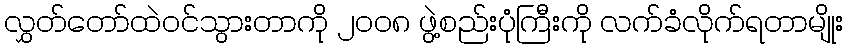
လွှတ်တော်ထဲဝင်သွားတာကို ၂၀၀၈ ဖွဲ့စည်းပုံကြီးကို လက်ခံလိုက်ရတာမျိုး